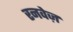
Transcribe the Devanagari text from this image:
रनवेज़